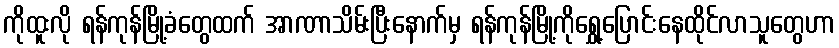
ကိုထူးလို ရန်ကုန်မြို့ခံတွေထက် အာဏာသိမ်းပြီးနောက်မှ ရန်ကုန်မြို့ကိုရွှေ့ပြောင်းနေထိုင်လာသူတွေဟာ